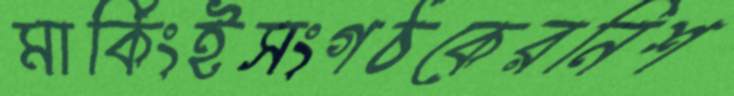
মার্কিংইসংগঠকেরনিশ